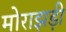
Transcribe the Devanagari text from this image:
मोराझड़ी